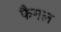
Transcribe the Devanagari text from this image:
फैगल